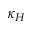
\kappa _ { H }